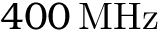
4 0 0 \, \mathrm { M H z }